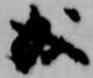
成